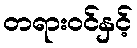
တရားဝင်နှင့်